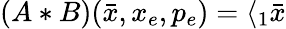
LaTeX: \left(A\ast B\right)(\bar{x},x_{e},p_{e})=\langle_{1}\bar{x}